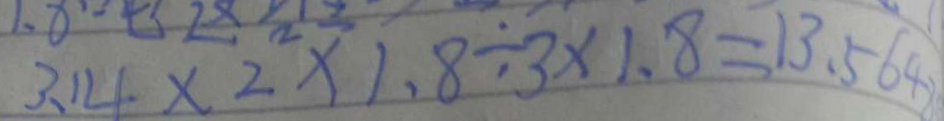
3 . 1 4 \times 2 \times 1 . 8 \div 3 \times 1 . 8 = 1 3 . 5 6 4 8